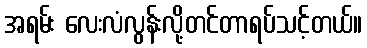
အရမ်း လေးလံလွန်းလို့တင်တာရပ်သင့်တယ်။